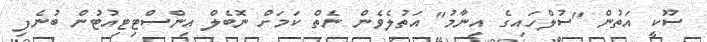
ސޫކީ އަތުން "ސުލްހައިގެ އިނާމު" އަތުލެވެން ނެތް ކަމަށް ނޮބެލް އިންސްޓިޓިއުޓުން ބުނެފި